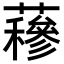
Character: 𧂅